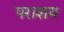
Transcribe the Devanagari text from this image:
पराशय